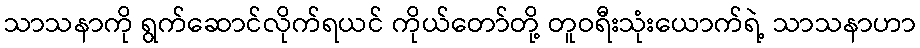
သာသနာကို ရွက်ဆောင်လိုက်ရယင် ကိုယ်တော်တို့ တူဝရီးသုံးယောက်ရဲ့ သာသနာဟာ